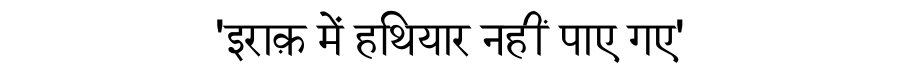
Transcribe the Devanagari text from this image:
'इराक़ में हथियार नहीं पाए गए'